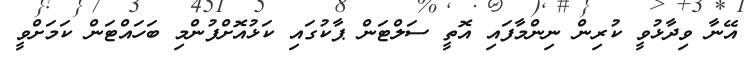
އޭނާ ވިދާޅުވީ ކުރިން ނިންމާފައި އޮތީ ސަލްޓަން ޕާކުގައި ކަޅުއޮށްފުންމި ބަހައްޓަން ކަމަށްވީ